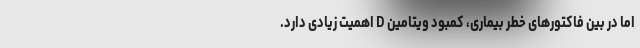
اما در بین فاکتور‌های خطر بیماری، کمبود ویتامین D اهمیت زیادی دارد.